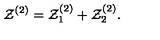
{ \cal Z } ^ { ( 2 ) } = { \cal Z } _ { 1 } ^ { ( 2 ) } + { \cal Z } _ { 2 } ^ { ( 2 ) } .